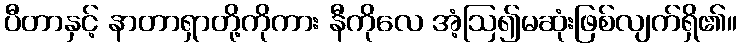
ပီတာနှင့် နာတာရှာတို့ကိုကား နီကိုလေ အံ့ဩ၍မဆုံးဖြစ်လျက်ရှိ၏။